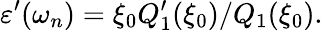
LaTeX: \varepsilon^{\prime}(\omega_{n})=\xi_{0}Q_{1}^{\prime}(\xi_{0})/Q_{1}(\xi_{0}).